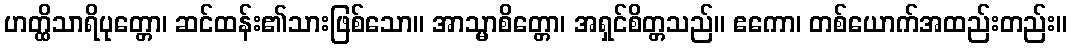
ဟတ္ထိသာရိပုတ္တော၊ ဆင်ထန်း၏သားဖြစ်သော။ အာသ္မာစိတ္တော၊ အရှင်စိတ္တသည်။ ဧကော၊ တစ်ယောက်အထည်းတည်း။